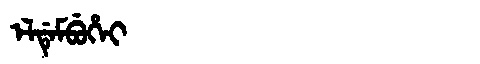
Manchu: ᡝᠯᡩᡝᠮᠪᡠᡥᡝᡳ
Romanization: ELDEMBUHEI